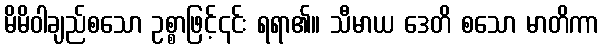
မိမိဝါချည်စသော ဥစ္စာဖြင့်၎င်း ရရာ၏။ သီမာယ ဒေတိ စသော မာတိကာ